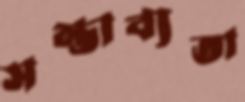
সম্ভাব্যতা